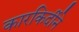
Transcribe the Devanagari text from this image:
कारकिर्दीने